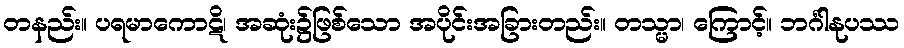
တနည်း။ ပရမာကောဋိ၊ အဆုံး၌ဖြစ်သော အပိုင်းအခြားတည်း။ တသ္မာ၊ ကြောင့်။ ဘင်္ဂါနုပဿ